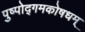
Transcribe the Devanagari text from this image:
पुष्पोद्गमकोषधम्